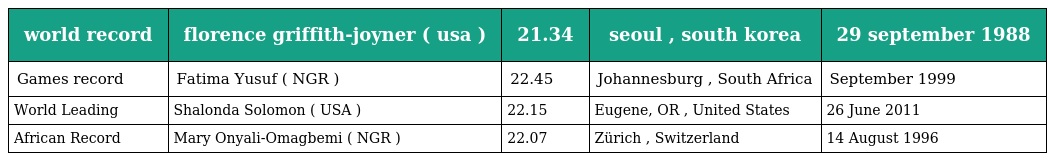
| world record | florence griffith-joyner ( usa ) | 21.34 | seoul , south korea | 29 september 1988 |
 | --- | --- | --- | --- | --- |
 | Games record | Fatima Yusuf ( NGR ) | 22.45 | Johannesburg , South Africa | September 1999 |
 | World Leading | Shalonda Solomon ( USA ) | 22.15 | Eugene, OR , United States | 26 June 2011 |
 | African Record | Mary Onyali-Omagbemi ( NGR ) | 22.07 | Zürich , Switzerland | 14 August 1996 |